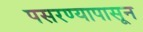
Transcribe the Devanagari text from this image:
पसरण्यापासून